Document type: bank_statement
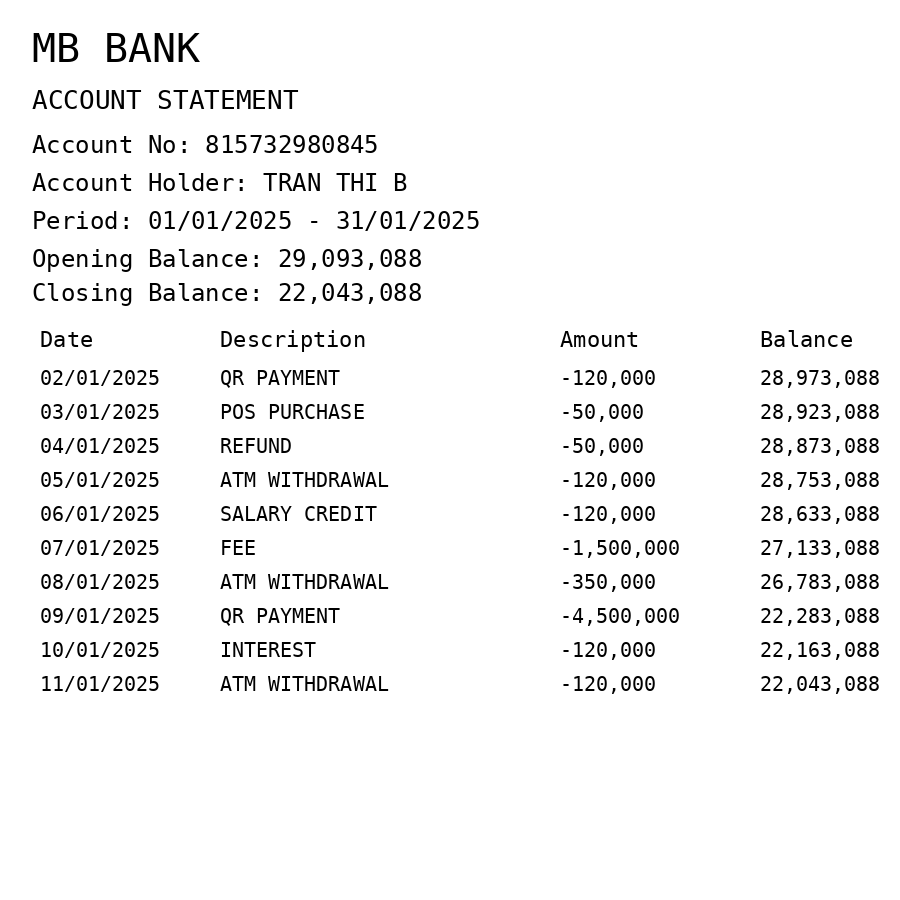
OCR transcript:
MB BANK
ACCOUNT STATEMENT
Account No: 815732980845
Account Holder: TRAN THI B
Period: 01/01/2025 - 31/01/2025
Opening Balance: 29,093,088
Closing Balance: 22,043,088
Date
Description
Amount
Balance
02/01/2025
QR PAYMENT
-120,000
28,973,088
03/01/2025
POS PURCHASE
-50,000
28,923,088
04/01/2025
REFUND
-50,000
28,873,088
05/01/2025
ATM WITHDRAWAL
-120,000
28,753,088
06/01/2025
SALARY CREDIT
-120,000
28,633,088
07/01/2025
FEE
-1,500,000
27,133,088
08/01/2025
ATM WITHDRAWAL
-350,000
26,783,088
09/01/2025
QR PAYMENT
-4,500,000
22,283,088
10/01/2025
INTEREST
-120,000
22,163,088
11/01/2025
ATM WITHDRAWAL
-120,000
22,043,088
Extracted fields:
bank_name: mb bank
account_number: 815732980845
account_holder: tran thi b
statement_period: 01/01/2025 - 31/01/2025
opening_balance: 29093088
closing_balance: 22043088
transactions: date: 2025-01-02
description: qr payment
amount: -120000
balance: 28973088
date: 2025-01-03
description: pos purchase
amount: -50000
balance: 28923088
date: 2025-01-04
description: refund
amount: -50000
balance: 28873088
date: 2025-01-05
description: atm withdrawal
amount: -120000
balance: 28753088
date: 2025-01-06
description: salary credit
amount: -120000
balance: 28633088
date: 2025-01-07
description: fee
amount: -1500000
balance: 27133088
date: 2025-01-08
description: atm withdrawal
amount: -350000
balance: 26783088
date: 2025-01-09
description: qr payment
amount: -4500000
balance: 22283088
date: 2025-01-10
description: interest
amount: -120000
balance: 22163088
date: 2025-01-11
description: atm withdrawal
amount: -120000
balance: 22043088